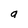
Character: a